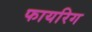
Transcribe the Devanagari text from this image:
फायरिग